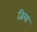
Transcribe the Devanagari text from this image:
द्विया